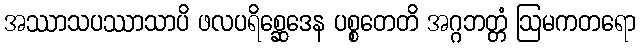
အဿာသပဿာသာပိ ဖလပရိစ္ဆေဒေန ပစ္စတေတိ အဂ္ဂဘတ္တံ ဩမကတရော